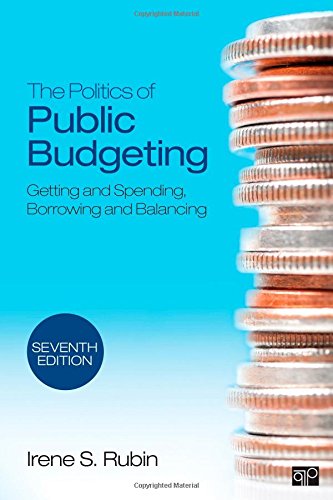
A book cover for The Politics of Public Budgeting: Getting and Spending, Borrowing and Balancing; Irene S. Rubin; Business & Money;